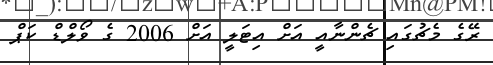
ރޭގެ މެޗުގައި ޗެންނާއީ އަށް އިޓަލީ އަށް 2006 ގެ ވޯލްޑް ކަޕް